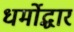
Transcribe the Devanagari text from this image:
धर्मोद्धार